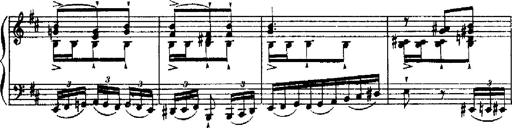
Title: RÃ©miniscences de Robert le diable
Composer: Franz Liszt